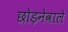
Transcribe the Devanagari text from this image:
छोड़नेवाले